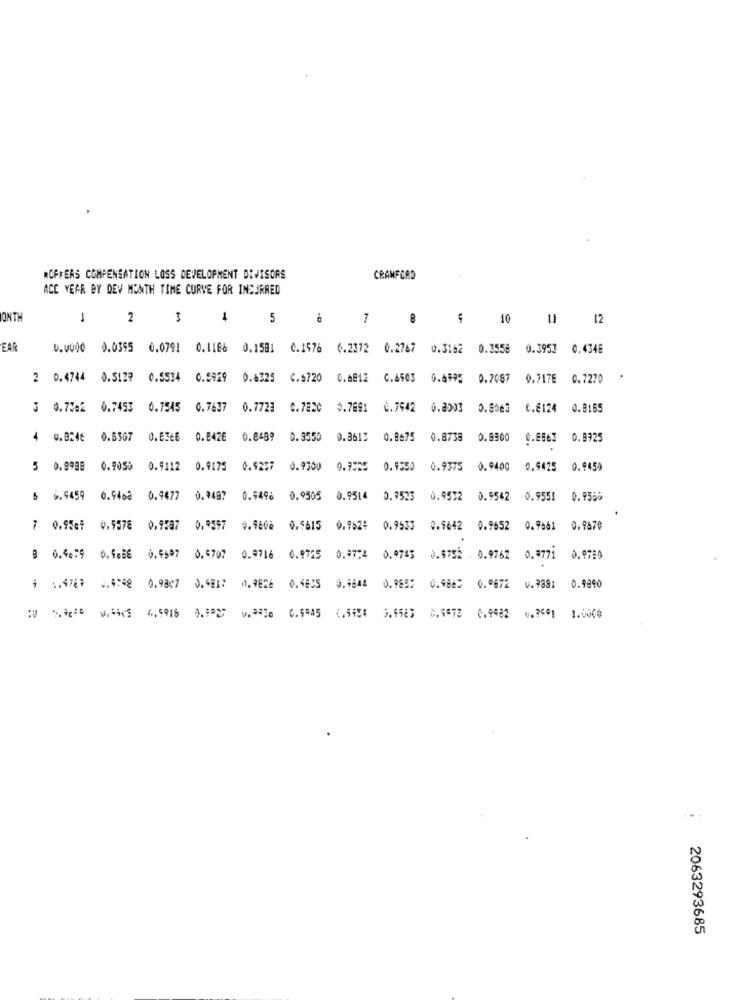
AOFFERS COMPENSATION LOSS DEVELOPMENT DEVISORS
CRANFORD
ACC YEAR BY DEV MONTH TIME CURVE FOR INCURRED
ONTH
1
2
3
4
5
7
8
10
11
12
EAR
0.0000 0.0595 0.0791 0.1186 0.1581 0.1576 6.2372 0.2767 0.3162 0.3558
0.3953 0.4346
2 0.4744
0.5139
0.5534
0.5929
0.6325
C.5720
0.6812
0.6503
0.4995
0.7087
0.717E
0.7270
3 0.75:2 0.7453
0.7545 0.7637
0.7723
C.7820
3.7691
C.7942 0.2003
0.8063
C.E124
0.8165
4
U.B248 0.6307
0.8366
0.8426
0.8489
0.3550
0.3612
0.8675
0.8738
0.8900
0.8663
0.9925
5 0.9988 0.9050
0.9112
0.9175
0.9257
0.9300
0.9325
0.9350
0.9375
0.9400
0.9425
0.9450
$ 6.9459 0.9468
0.9477
0.9497
0.5496 0.9505 0.9514 0.7523
0.9572
0.9542
0.9551
0.9550
7 0.95cf 0.9578
0.9587 0.9597
0.9600 0.5615
0.9524 0.9533 0.9642
0.9652 0.9561 0.9670
8 0.44:9 0.9.5€
0.4597 0.4707
0.9716 0.9725 0.97:4 0.9743 0.5752 . 0.9762 0.3771 0.9780
1 .47€? . 9:08 0.9807 0.GEI7 0.9622 0.4835 9.9844 0.965% 0.9863 0.0672 0.9881
0.9890
:0 %%IG w.Sic$ 6,5916 0.1927 w .* 9lo 6.6945 (.5994 9.9963 0.6678 6.9482 0. 69) 1.0000
...
2063293685